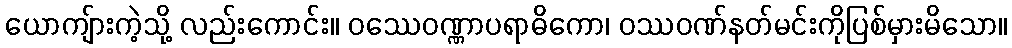
ယောကျ်ားကဲ့သို့ လည်းကောင်း။ ဝဿေဝဏ္ဏာပရာဓိကော၊ ဝဿဝဏ်နတ်မင်းကိုပြစ်မှားမိသော။